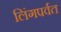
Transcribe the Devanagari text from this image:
लिंगपर्वत